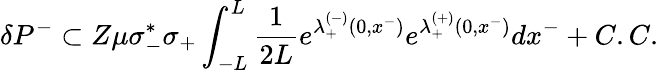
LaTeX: \delta P^{-}\subset Z\mu\sigma_{-}^{*}\sigma_{+}\int_{-L}^{L}{\frac{1}{2L}}e^{\lambda_{+}^{(-)}(0,x^{-})}e^{\lambda_{+}^{(+)}(0,x^{-})}dx^{-}+C.C.